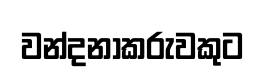
වන්දනාකරුවකුට